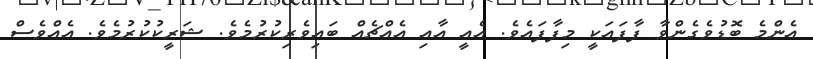
އެންމެ ބޮޑުވެގެންވާ ފާފައަކީ މިފާފައެވެ. އެއީ އާއި އެއްޗެއް ބައިވެރިކުރުމެވެ. ޝަރީކުކުރުމެވެ. އެއްވެސް